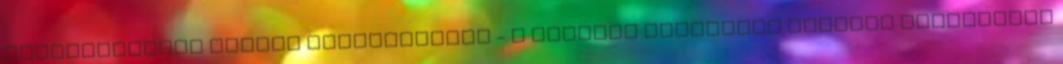
tojássárgáját teljes biztonsággal - a hiteles forrásból frissen beszerzett